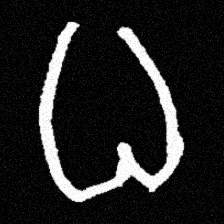
Pyu character \u2014 Myanmar letter: ဓ (romanized: dha)